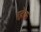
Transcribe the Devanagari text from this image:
रहेक